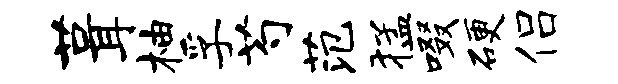
葺柚孚芍范猛啜硬侣